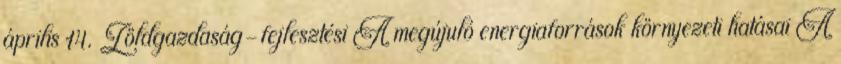
április 14. Zöldgazdaság-fejlesztési A megújuló energiaforrások környezeti hatásai A